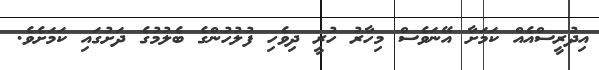
އިދުރީސްއެއް ކަމަށާ އޭނަވެސް މިހާރު ހުރީ ދިވެހި ފުލުހުންގެ ބެލުމުގެ ދަށުގައި ކަމަށެވެ.